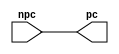
//Name: Phillip Pascual
//CSE-401
//Winter 2019
//Lab 1
//Description: Program counter module.  Takes in incremented npc and outputs
//as new pc

module pc(
    input wire [31:0] npc,
    output reg [31:0] pc);

    initial begin
        pc <= 0;
    end

    always @ (npc) begin
        #1 pc <= npc;
    end
endmodule